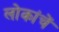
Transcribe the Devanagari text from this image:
लोकांचें